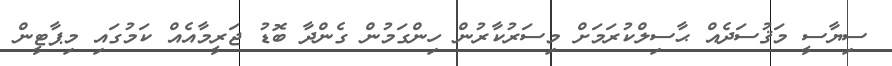
ސިޔާސީ މަޤުސަދެއް ޙާސިލްކުރަމަށް މިސަރުކާރުން ހިންގަމުން ގެންދާ ބޮޑު ޖަރީމާއެއް ކަމުގައި މިޕާޓީން